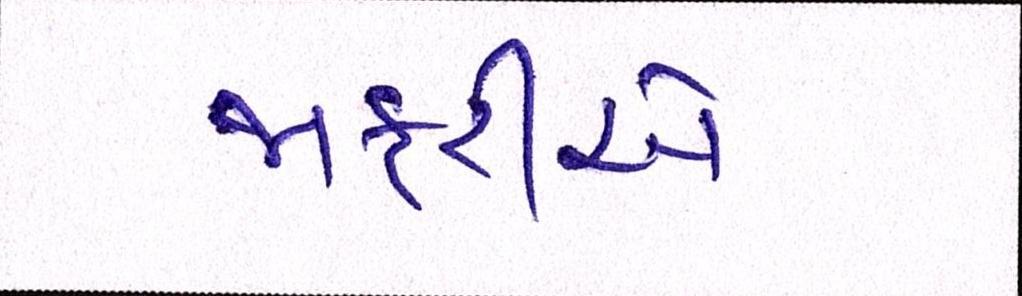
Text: જાફરીએ